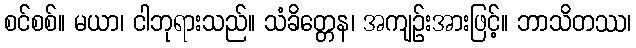
စင်စစ်။ မယာ၊ ငါဘုရားသည်။ သံခိတ္တေန၊ အကျဉ်းအားဖြင့်။ ဘာသိတဿ၊